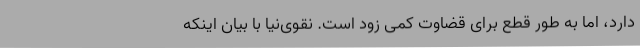
دارد، اما به طور قطع برای قضاوت کمی زود است. نقوی‌نیا با بیان اینکه